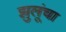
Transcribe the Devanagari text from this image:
झुलूंचा